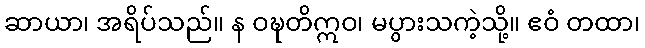
ဆာယာ၊ အရိပ်သည်။ န ဝဍ္ဎတိဣဝ၊ မပွားသကဲ့သို့။ ဧဝံ တထာ၊